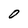
Character: O